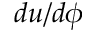
d u / d \phi